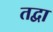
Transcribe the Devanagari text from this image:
तद्वा